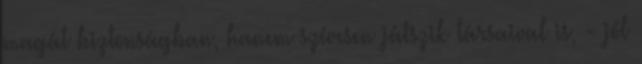
magát biztonságban, hanem szívesen játszik társaival is, - jól